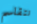
نتقاسم